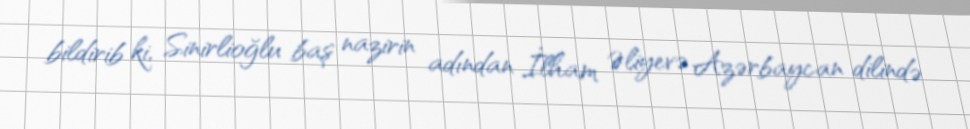
bildirib ki, Sinirlioğlu baş nazirin adından İlham Əliyevə Azərbaycan dilində